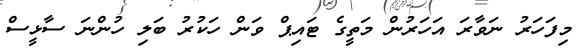
މިފަހަރު ނަވާރަ އަހަރުން މަތީގެ ޓައިޕް ވަން ހަކުރު ބަލި ހުންނަ ސާޅީސް